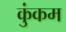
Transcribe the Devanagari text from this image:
कुंकम